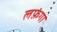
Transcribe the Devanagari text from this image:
लफ़ंगा